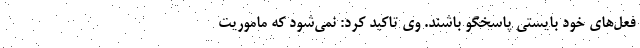
فعل‌های خود بایستی پاسخگو باشند. وی تاکید کرد: نمی‌شود که ماموریت